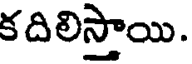
కదిలిస్తాయి.